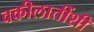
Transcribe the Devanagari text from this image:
वकीलातींशी